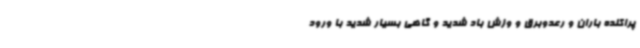
پراکنده باران و رعدوبرق و وزش باد شدید و گاهی بسیار شدید با ورود